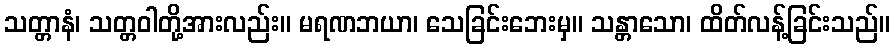
သတ္တာနံ၊ သတ္တဝါတို့အားလည်း။ မရဏဘယာ၊ သေခြင်းဘေးမှ။ သန္တာသော၊ ထိတ်လန့်ခြင်းသည်။